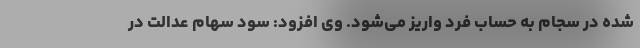
شده در سجام به حساب فرد واریز می‌شود. وی افزود: سود سهام عدالت در